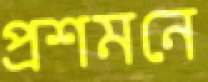
প্রশমনে